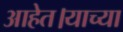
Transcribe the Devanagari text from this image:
आहेत।याच्या